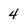
Character: 4